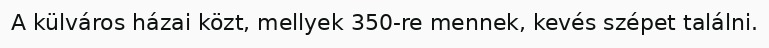
A külváros házai közt, mellyek 350-re mennek, kevés szépet találni.